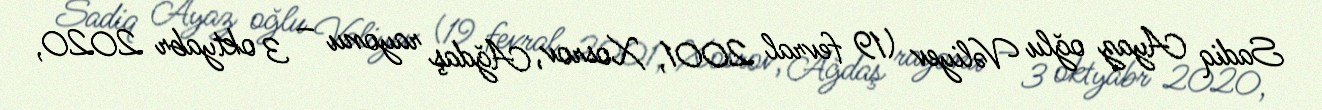
Sadiq Ayaz oğlu Vəliyev (19 fevral 2001, Xosrov, Ağdaş rayonu – 3 oktyabr 2020,